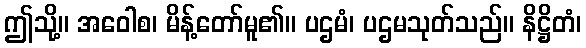
ဤသို့။ အဝေါစ၊ မိန့်တော်မူ၏။ ပဌမံ၊ ပဌမသုတ်သည်။ နိဋ္ဌိတံ၊